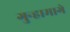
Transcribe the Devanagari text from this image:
गुन्हामागे